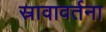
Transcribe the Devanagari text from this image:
स्रावावर्तना